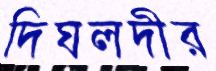
দিঘলদীর